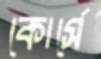
কোর্সে